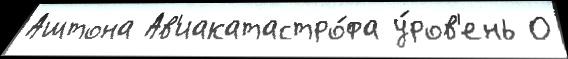
Аштона Ав'иакатастро́фа у́ров'ень О